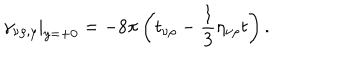
LaTeX: \gamma _ { \nu \rho , y } | _ { y = + 0 } = - 8 \pi \left( t _ { \nu \rho } - \frac 1 3 \eta _ { \nu \rho } t \right) .